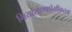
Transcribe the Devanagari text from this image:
गिर्यारोहणप्रेमीकरता